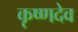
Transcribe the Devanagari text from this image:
कृष्‍णदेव